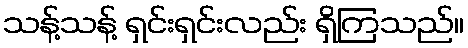
သန့်သန့် ရှင်းရှင်းလည်း ရှိကြသည်။